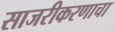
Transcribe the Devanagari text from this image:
साजरीकरणाचा